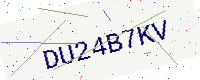
Text: DU24B7KV